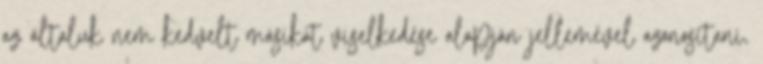
az általuk nem kedvelt másikat viselkedése alapján jellemével azonosítani,